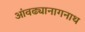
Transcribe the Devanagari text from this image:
आंवढ्यानागनाथ